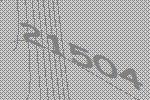
21504